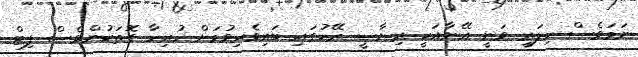
ނަމަވެސް ހިލަރީ ވަނީ އޭނާއަކީ ރިޔާސީ ރޭހުގައި ބައިވެރިވުމަށް ހުރިހާ ގޮތަކުންވެސް ފިޓް